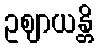
ဥဈာယန္တိ